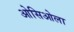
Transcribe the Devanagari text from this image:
ओसिओला